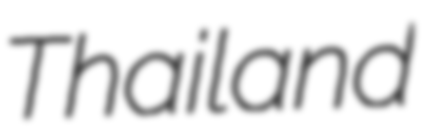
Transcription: Thailand